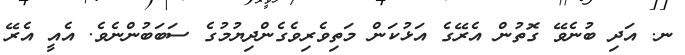
ނ. އަދި ބުނެވޭ ގޮތުން އެރޭގެ އަޅުކަން މަތިވެރިވެގެންދިޔުމުގެ ސަބަބުންނެވެ. އެއީ އެރޭ